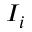
I _ { i }